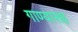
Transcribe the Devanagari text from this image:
गाण्यासह